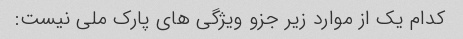
کدام یک از موارد زیر جزو ویژگی های پارک ملی نیست: